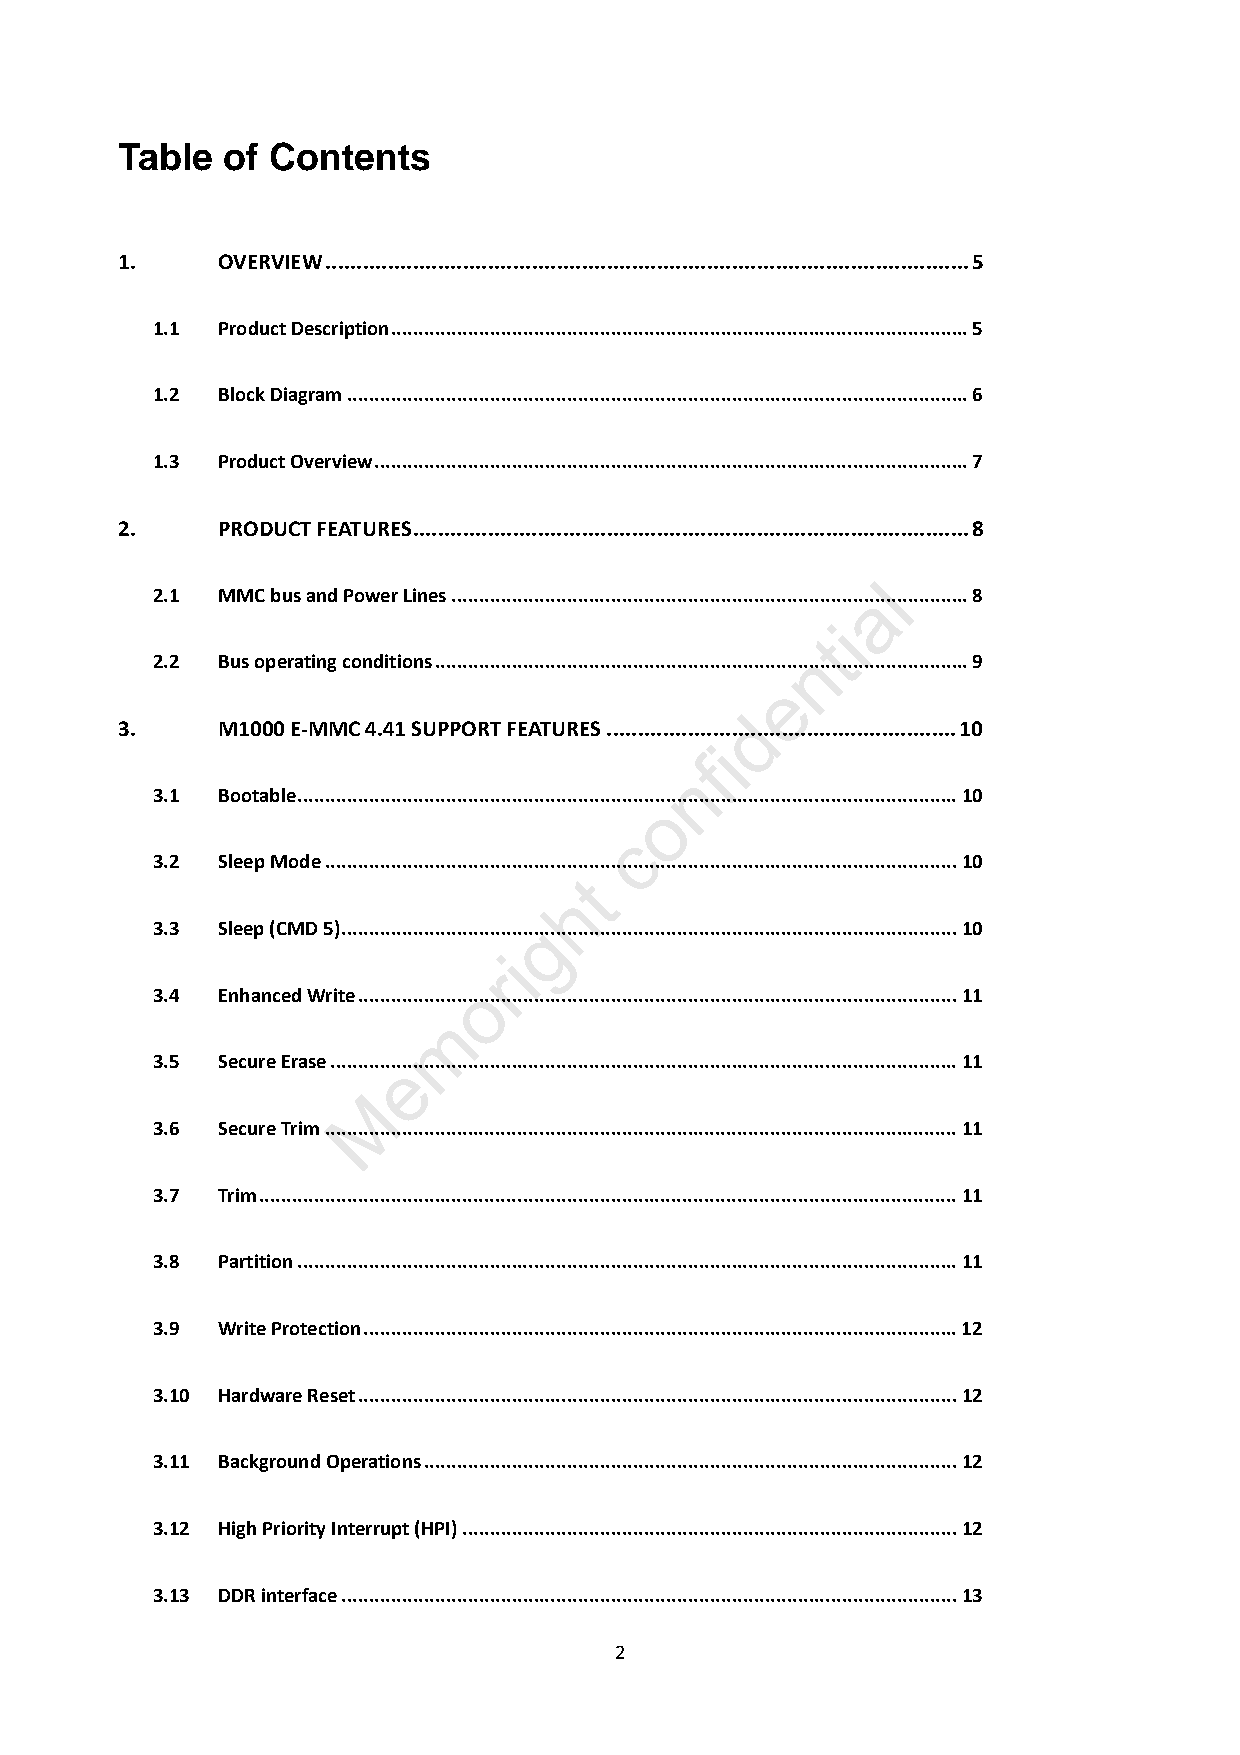
Table  of Contents
 1.    OVERVIEW.......................................................................................................5
 1.1 Product Description.........................................................................................................5
 1.2 Block Diagram.................................................................................................................6
 1.3 Product Overview............................................................................................................7
 2.    PRODUCT FEATURES.........................................................................................8
 l
 2.1 MMC bus and Power Lines...........................................................................a...................8
 i
 t
 2.2 Bus operating
 conditions....................................................................n
 .............................9
 e
 d
 3.    M1000 E-MMC 4.41 SUPPORT FEATURES........................................................10
 i
 f
 n
 3.1 Bootable........................................................................................................................10
 o
 c
 3.2 Sleep Mode................................................. ..................................................................10
 t
 h
 3.3 Sleep (CMD 5)...................................g.............................................................................10
 i
 r
 3.4 Enhanced
 Write.....................o
 ........................................................................................11
 m
 3.5 Secure Erase............e......................................................................................................11
 M
 3.6 Secure Trim...................................................................................................................11
 3.7 Trim...............................................................................................................................11
 3.8 Partition........................................................................................................................11
 3.9 Write Protection............................................................................................................12
 3.10 Hardware Reset.............................................................................................................12
 3.11 Background Operations.................................................................................................12
 3.12 High Priority Interrupt (HPI)..........................................................................................12
 3.13 DDR interface................................................................................................................13
 2